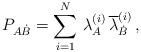
LaTeX: \begin{align*} P_{A\dot{B}} = \sum\limits^{N}_{i=1} \, \lambda^{(i)}_{A} \, \overline{\lambda}^{(i)}_{\dot{B}}\, ,\end{align*}